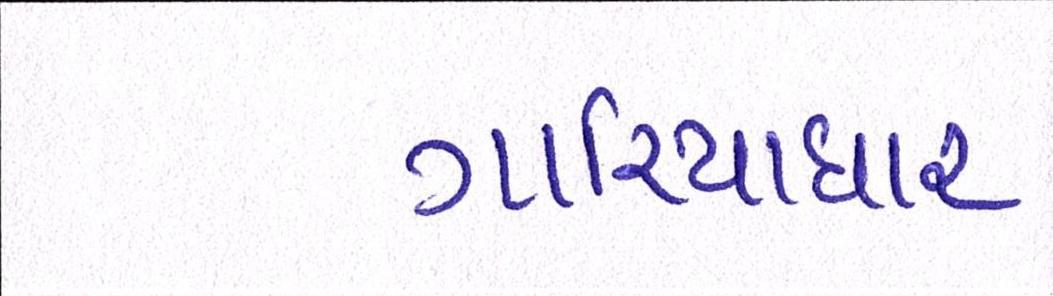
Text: ગારિયાધાર